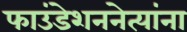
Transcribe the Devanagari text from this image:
फाउंडेशननेत्यांना